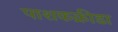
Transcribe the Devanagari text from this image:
पाशकक्रीडा